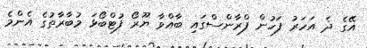
އޭގެ ދެ އަހަރު ފަހުން ފްރާންސްގައި ބާއްވާ ޔޫރޯ ފުޓްބޯޅަ މުބާރާތުގެ އެންމެ